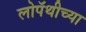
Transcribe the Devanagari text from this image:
लोपॅथीच्या